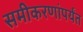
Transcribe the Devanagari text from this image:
समीकरणांपर्यंत